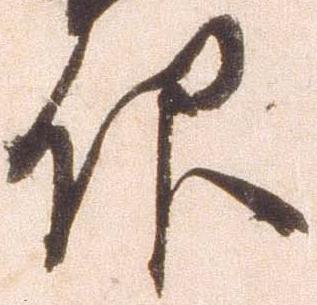
仰